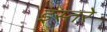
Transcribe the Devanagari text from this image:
इस्तरे